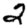
Digit: 2